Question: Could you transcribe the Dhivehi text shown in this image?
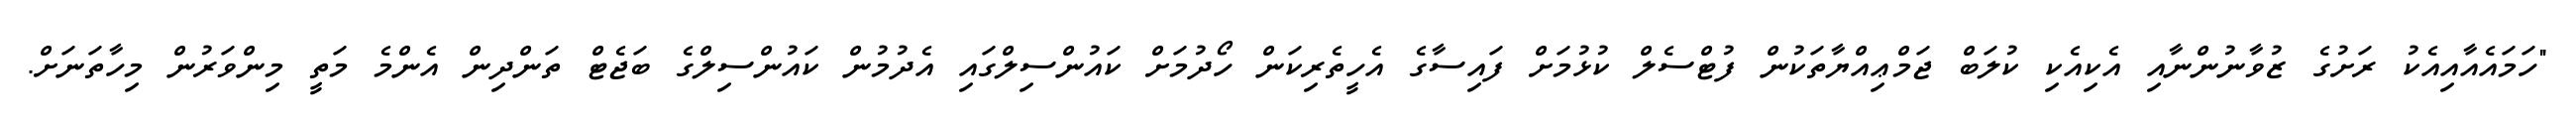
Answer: "ހަމައެއާއިއެކު ރަށުގެ ޒުވާނުންނާއި އެކިއެކި ކުލަބް ޖަމްޢިއްޔާތަކުން ފުޓްސެލް ކުޅުމަށް ފައިސާގެ އެހީތެރިކަން ހޯދުމަށް ކައުންސިލްގައި އެދުމުން ކައުންސިލްގެ ބަޖެޓް ތަންދިން އެންމެ މަތީ މިންވަރުން މިހާތަނަށް.